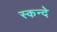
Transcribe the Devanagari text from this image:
स्कन्दे